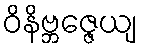
ဝိနိဗ္ဘဇ္ဇေယျ